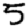
Digit: 5